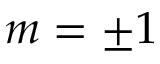
m = \pm 1